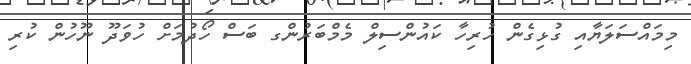
މިމައްސަލަޔާއި ގުޅިގެން ހުރިހާ ކައުންސިލް މެމްބަރުންގ ބަސް ހޯދުމަށް ހުވަދޫ ނޫހުން ކުރި